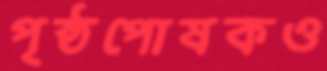
পৃষ্ঠপোষকও